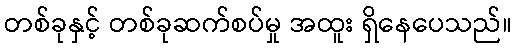
တစ်ခုနှင့် တစ်ခုဆက်စပ်မှု အထူး ရှိနေပေသည်။